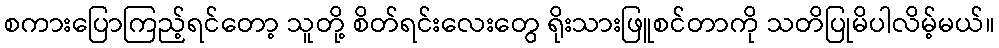
စကားပြောကြည့်ရင်တော့ သူတို့ စိတ်ရင်းလေးတွေ ရိုးသားဖြူစင်တာကို သတိပြုမိပါလိမ့်မယ်။